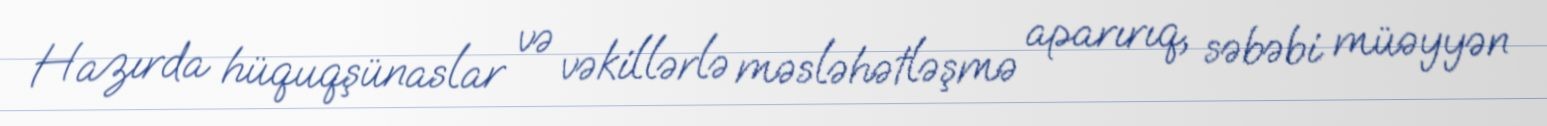
Hazırda hüquqşünaslar və vəkillərlə məsləhətləşmə aparırıq, səbəbi müəyyən